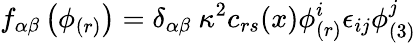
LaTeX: f_{\alpha\beta}\left(\phi_{(r)}\right)=\delta_{\alpha\beta}~\kappa^{2}c_{rs}(x)\phi_{(r)}^{i}\epsilon_{ij}\phi_{(3)}^{j}